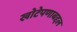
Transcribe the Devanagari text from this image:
खोटेपणाबद्दल